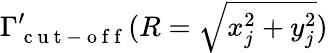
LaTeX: \Gamma_{\mathrm{~c~u~t~-~o~f~f~}}^{\prime}(R=\sqrt{x_{j}^{2}+y_{j}^{2}})